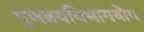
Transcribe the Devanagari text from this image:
गुणत्रयविभागयोग